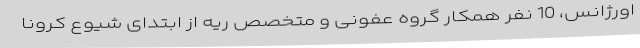
اورژانس، 10 نفر همکار گروه عفونی و متخصص ریه از ابتدای شیوع کرونا